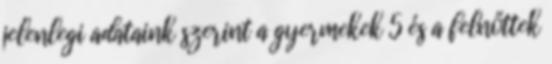
jelenlegi adataink szerint a gyermekek 5 és a felnőttek